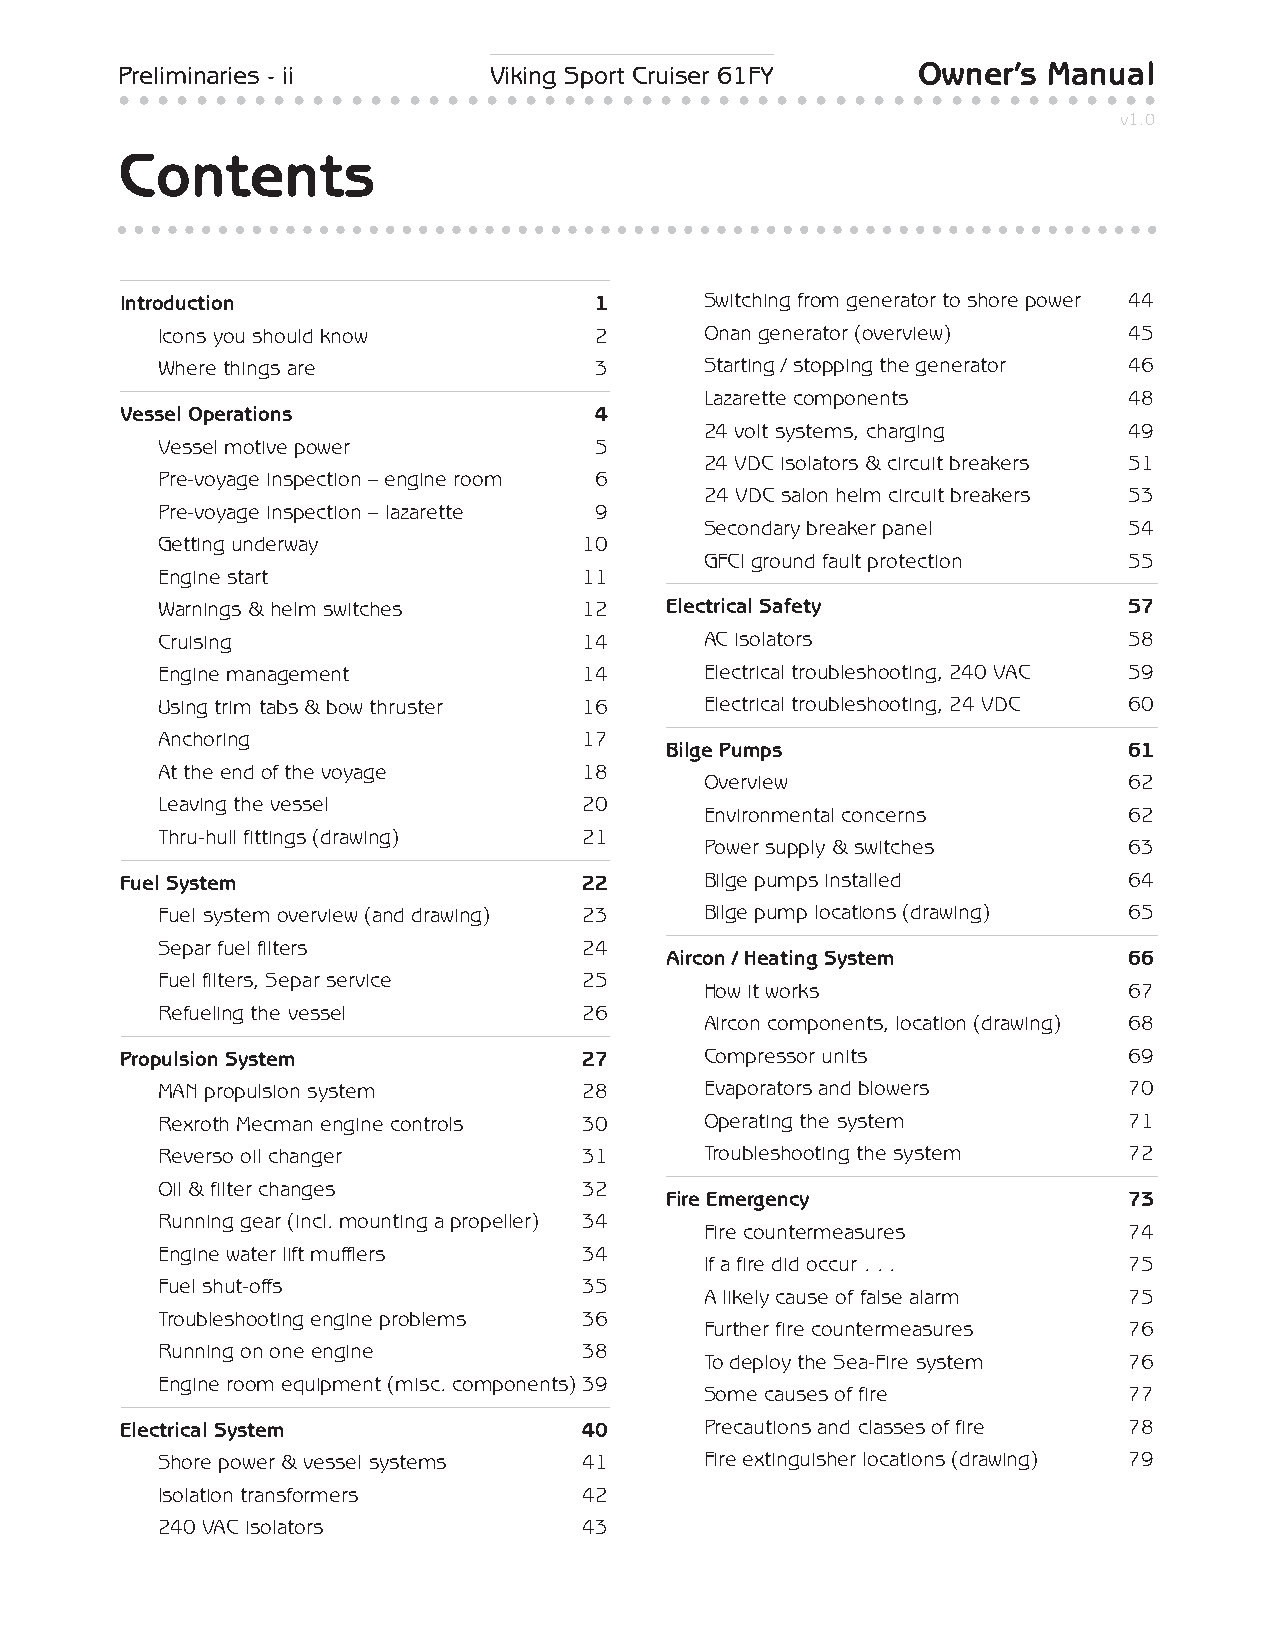
Preliminaries - ii      Viking Sport Cruiser 61FY    Owner’s Manual
 • • • • • • • • • • • • • • • • • • • • • • • • • • • • • • • • • • • • • • • • • • • • • • • • • • • • • •
 v1.0
 Contents
 Introduction                   1       Switching from generator to shore power 44
 Icons you should know        2       Onan generator (overview)   45
 Where things are             3       Starting / stopping the generator 46
 Lazarette components        48
 Vessel Operations              4
 24 volt systems, charging   49
 Vessel motive power          5
 24 VDC isolators & circuit breakers 51
 Pre-voyage inspection – engine room 6
 24 VDC salon helm circuit breakers 53
 Pre-voyage inspection – lazarette 9
 Secondary breaker panel     54
 Getting underway             10
 GFCI ground fault protection 55
 Engine start                 11
 Warnings & helm switches     12   Electrical Safety              57
 Cruising                     14      AC isolators                58
 Engine management            14      Electrical troubleshooting, 240 VAC 59
 Using trim tabs & bow thruster 16    Electrical troubleshooting, 24 VDC 60
 Anchoring                    17
 Bilge Pumps                    61
 At the end of the voyage     18
 Overview                    62
 Leaving the vessel           20
 Environmental concerns      62
 Thru-hull fittings (drawing) 21
 Power supply & switches     63
 Fuel System                    22      Bilge pumps installed       64
 Fuel system overview (and drawing) 23 Bilge pump locations (drawing) 65
 Separ fuel filters           24
 Aircon / Heating System        66
 Fuel filters, Separ service  25
 How it works                67
 Refueling the vessel         26
 Aircon components, location (drawing) 68
 Propulsion System              27      Compressor units            69
 MAN propulsion system        28      Evaporators and blowers     70
 Rexroth Mecman engine controls 30    Operating the system        71
 Reverso oil changer          31      Troubleshooting the system  72
 Oil & filter changes         32
 Fire Emergency                 73
 Running gear (incl. mounting a propeller) 34
 Fire countermeasures        74
 Engine water lift mufflers   34
 If a fire did occur . . .   75
 Fuel shut-offs               35
 A likely cause of false alarm 75
 Troubleshooting engine problems 36
 Further fire countermeasures 76
 Running on one engine        38
 To deploy the Sea-Fire system 76
 Engine room equipment (misc. components)39
 Some causes of fire         77
 Electrical System              40      Precautions and classes of fire 78
 Shore power & vessel systems 41      Fire extinguisher locations (drawing) 79
 Isolation transformers       42
 240 VAC isolators            43
 ○ ○ ○ ○ ○ ○ ○ ○ ○ ○ ○ ○ ○ ○ ○ ○ ○ ○ ○ ○ ○ ○ ○ ○ ○ ○ ○ ○ ○ ○ ○ ○ ○ ○ ○ ○ ○ ○ ○ ○ ○ ○ ○ ○ ○ ○ ○ ○ ○ ○ ○ ○ ○ ○ ○ ○ ○ ○ ○ ○ ○ ○ ○